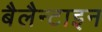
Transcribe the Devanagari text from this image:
बैलैन्टाइन